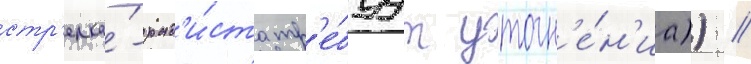
стр'елка́-рад'и́ста тр'е́буут уточн'е́н'иа)) //